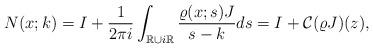
LaTeX: \begin{align*}&N(x;k)=I+\frac{1}{2\pi i} \int_{\mathbb{R}\cup i \mathbb{R}} \frac{\varrho(x;s)J}{s-k} d s=I+\mathcal{C}(\varrho J)(z),\end{align*}